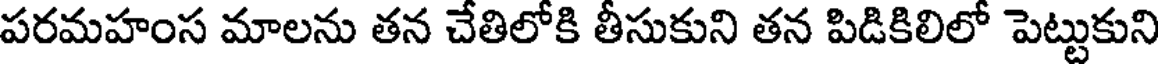
పరమహంస మాలను తన చేతిలోకి తీసుకుని తన పిడికిలిలో పెట్టుకుని